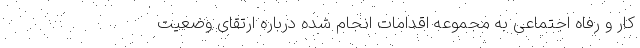
کار و رفاه اجتماعی به مجموعه اقدامات انجام شده درباره ارتقای وضعیت